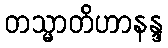
တသ္မာတိဟာနန္ဒ